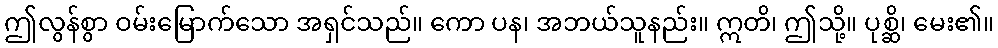
ဤလွန်စွာ ဝမ်းမြောက်သော အရှင်သည်။ ကော ပန၊ အဘယ်သူနည်း။ ဣတိ၊ ဤသို့။ ပုစ္ဆိ၊ မေး၏။